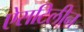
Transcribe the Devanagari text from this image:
ऐसटिलीन